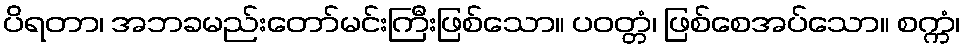
ပိရတာ၊ အဘခမည်းတော်မင်းကြီးဖြစ်သော။ ပဝတ္တံ၊ ဖြစ်စေအပ်သော။ စက္ကံ၊